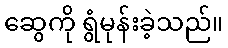
ဆွေကို ရွံမုန်းခဲ့သည်။